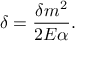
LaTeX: \delta = \frac { \delta m ^ { 2 } } { 2 E \alpha } .